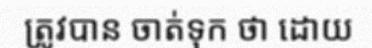
ត្រូវបាន ចាត់ទុក ថា ដោយ